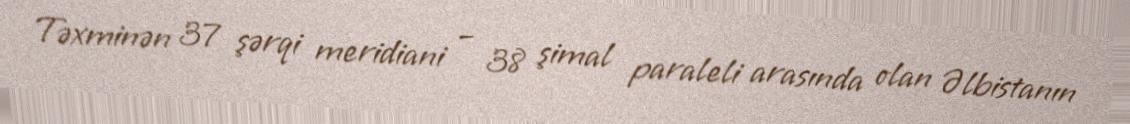
Təxminən 37 şərqi meridiani – 38 şimal paraleli arasında olan Əlbistanın